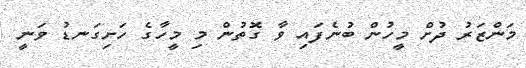
މަންޒަރު ދުށް މީހުން ބުނެފައި ވާ ގޮތުން މި މީހާގެ ހަށިގަނޑު ވަނީ